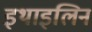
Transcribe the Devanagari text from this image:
इथाइलिन